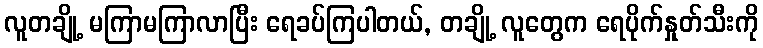
လူတချို့ မကြာမကြာလာပြီး ရေခပ်ကြပါတယ်, တချို့ လူတွေက ရေပိုက်နှုတ်သီးကို